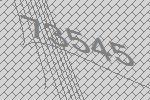
73545